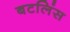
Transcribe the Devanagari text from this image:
बटलिंस